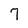
Character: 7